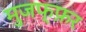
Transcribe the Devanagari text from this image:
मुजफ्फ़र